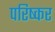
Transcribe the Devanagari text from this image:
परिष्कर